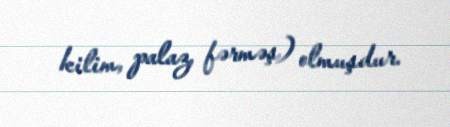
kilim, palaz, fərməş) olmuşdur.